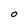
Character: O